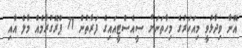
އޭނާ ވިދާޅުވީ މިއަހަރުގެ މިހާތަނަށް ސީއެސްޓީއައިގެ ފަރާތުން 71 ޕްރޮގުރާމެއް މާލެ އާއި